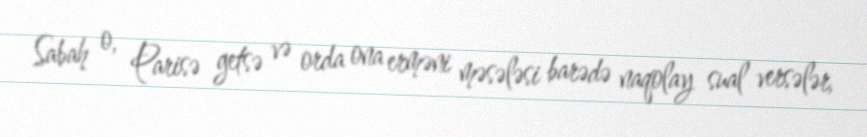
Sabah o, Parisə getsə və orda ona erməni məsələsi barədə naqolay sual versələr,